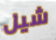
شيل